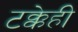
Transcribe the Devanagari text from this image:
टक्केही